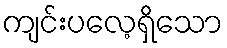
ကျင်းပလေ့ရှိသော